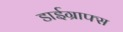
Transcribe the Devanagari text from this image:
डाईग्राफ्स